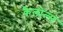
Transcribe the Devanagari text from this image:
कैलोल्स